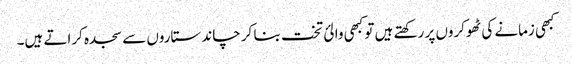
کبھی زمانے کی ٹھوکروں پر رکھتے ہیں تو کبھی والئ تخت بنا کر چاند ستاروں سے سجدہ کراتے ہیں۔